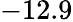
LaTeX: -12.9